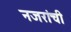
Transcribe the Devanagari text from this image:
नजरांची